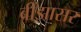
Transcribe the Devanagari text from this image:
बींझासर